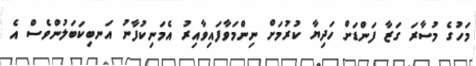
މަހުގެ މުސާރަ ގަޒާ ފަންޑަށް ހަދިޔާ ކުރުމަށް ނިންމަވާފައިވާއިރު އެމަނިކުފާނު އަނބިކަބަލުންވެސް އެ